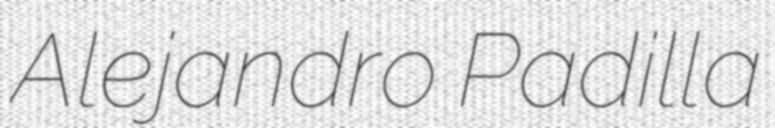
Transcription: Alejandro Padilla